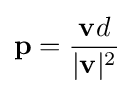
\mathbf {p} ={\frac {\mathbf {v} d}{|\mathbf {v} |^{2}}}